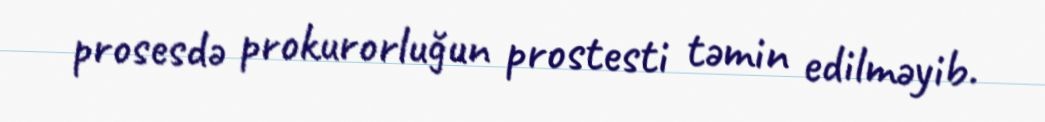
prosesdə prokurorluğun prostesti təmin edilməyib.